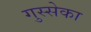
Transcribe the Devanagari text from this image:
गुस्सेका